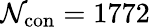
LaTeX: \mathcal{N}_{\mathrm{{con}}}=1772